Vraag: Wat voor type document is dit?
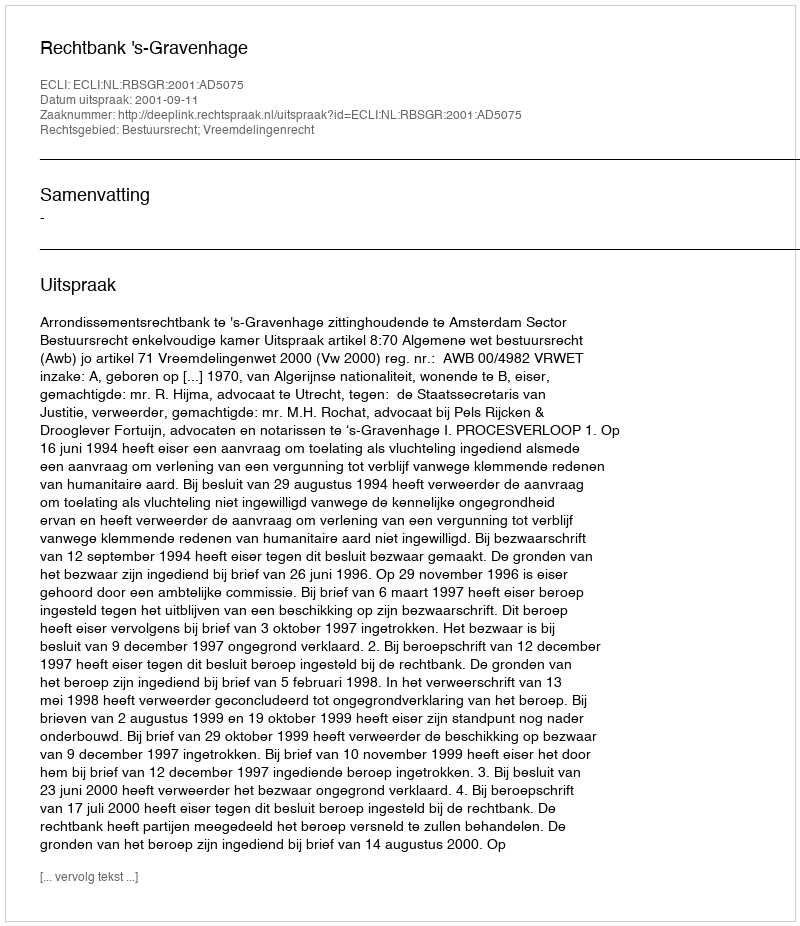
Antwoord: Uitspraak